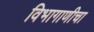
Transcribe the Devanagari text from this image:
विभागाणीचा